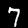
Label: 7